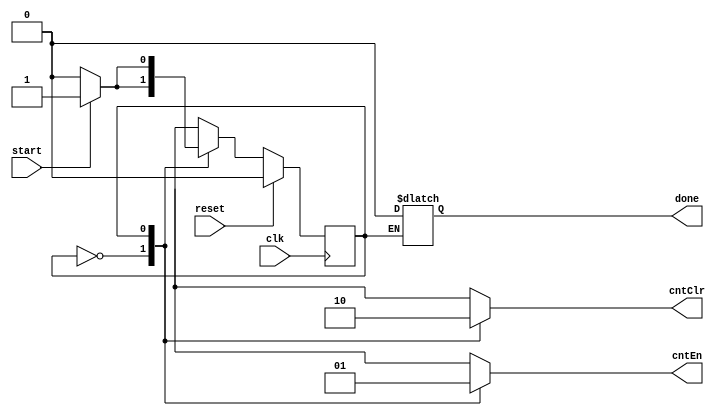
`timescale 1ns / 1ps
module Lab6_FSM(clk, reset, start, done, cntEn, cntClr);

input clk, reset, start;
output cntEn, cntClr, done;

reg done, cntClr, cntEn;
reg estado;
reg [3:0] counter;
reg [2:0] nextStage;

parameter S0 = 0; //start
parameter S1 = 1;
parameter S2 = 2;


always @(posedge clk)
    if(reset)
        estado <= S0;
    else 
      estado <= nextStage;
    
always @ (*)begin
    case(estado)
    S0:begin
        done = 0;
        cntEn = 0;
        cntClr = 1;
        counter = 3'b000;
        if(start)
            nextStage = S1;
        else
            nextStage= S0;
        end
     S1:begin
        cntClr = 0;
        cntEn  = 1;
        counter = counter + 1;
           
           if(start)
            nextStage = S1;
            else
            nextStage = S2; 
        end
       S2:begin
            done = 1;
             nextStage = S0;
          end
    endcase

end
endmodule